Madras plague regulations in force outside the Presidency town - Volume 3
Disease focus: Plague
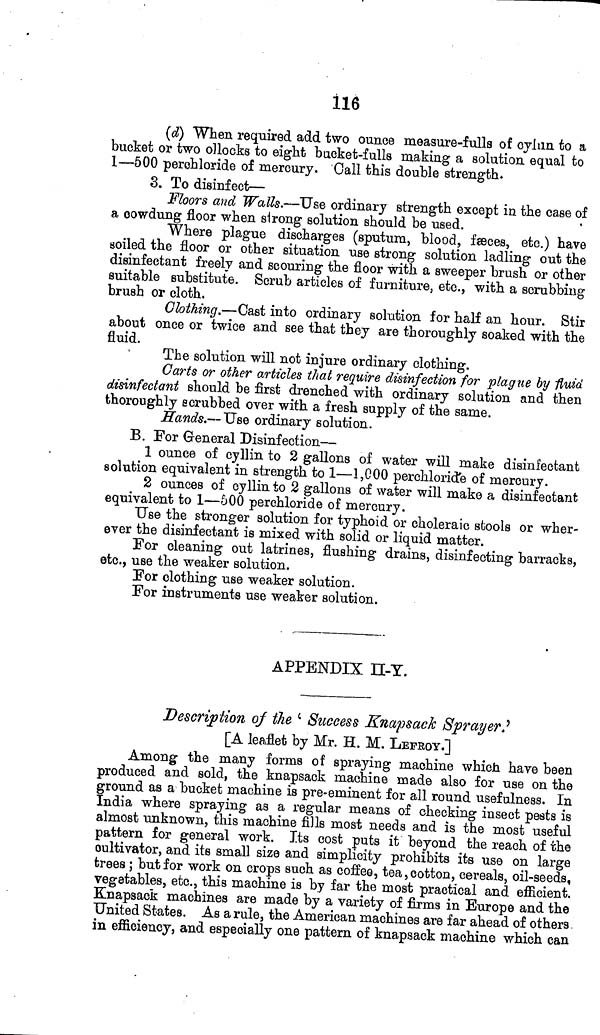
Í16
(d) When required add two ounce measure-fulls of cylun to a
bucket or two ollocks to eight bucket-fulls making a solution equal to
1—500 perchloride of mercury. Call this double strength.
3. To disinfect—
Floors and Walls.—Use ordinary strength except in the case of
a oowdung floor when strong solution should be used.
Where plague discharges (sputum, blood, feeces, etc.) have
soiled the floor or other situation use strong solution ladling out the
disinfectant freely and scouring the floor with a sweeper brush or other
suitable substitute. Scrub articles of furniture, etc., with a scrubbing
brush or cloth.
Clothing.—Cast into ordinary solution for half an hour. Stir
about once or twice and see that they are thoroughly soaked with the
fluid.
The solution will not injure ordinary clothing.
Carts or other articles that require disinfection for plague by Huid
disinfectant should be first drenched with ordinary solution and then
thoroughly scrubbed over with a fresh supply of the same.
Hands.— Use ordinary solution.
B. For General Disinfection—
1 ounce of cyllin to 2 gallons of water will make disinfectant
solution equivalent in strength to 1—1,000 perchloride of mercury.
2 ounces of cyllin to 2 gallons of water will make a disinfectant
equivalent to 1—500 perchloride of mercury.
Use the stronger solution for typhoid or choleraic stools or wher-
ever the disinfectant is mixed with solid or liquid matter.
For cleaning out latrines, flushing drains, disinfecting barracks,
etc., use the weaker solution.
For clothing use weaker solution.
For instruments use weaker solution.
APPENDIX II-Y.
Description of the c Success Knapsack Sprayer.'
[A leaflet by Mr. H. M. LEFROY.]
Among the many forms of spraying machine which have been
produced and sold, the knapsack machine made also for use on the
ground as a bucket machine is pre-eminent for all round usefulness. In
India where spraying as a regular means of checking insect pests is
almost unknown, this machine fills most needs and is the most useful
pattern for general work. Its cost puts it beyond the reach of the
cultivator, and its small size and simplicity prohibits its use on large
trees ; but for work on crops such as coffee, tea, cotton, cereals, oil-seeds,
vegetables, etc., this machine is by far the most practical and efficient.
Knapsack machines are made by a variety of firms in Europe and the
United States. As a rule, the American machines are far ahead of others
in efficiency, and especially one pattern of knapsack machine which can